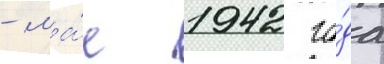
- ма́е 1942 го́да